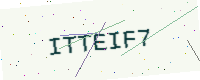
Text: ITTEIF7